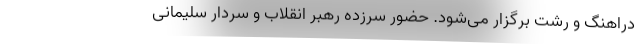
دراهنگ و رشت برگزار می‌شود. حضور سرزده رهبر انقلاب و سردار سلیمانی